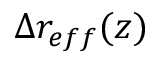
\Delta r _ { e f f } ( z )